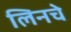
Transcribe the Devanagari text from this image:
लिनचे